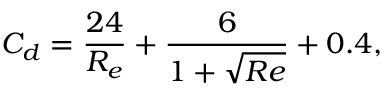
C _ { d } = \frac { 2 4 } { R _ { e } } + \frac { 6 } { 1 + \sqrt { R e } } + 0 . 4 ,